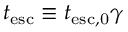
t _ { \mathrm { e s c } } \equiv t _ { \mathrm { e s c , 0 } } \gamma